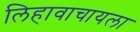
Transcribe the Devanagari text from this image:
लिहावाचायला